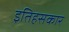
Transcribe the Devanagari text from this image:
इतिहसकार